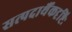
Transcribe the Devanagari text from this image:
सत्पदार्थैकदृष्टिः